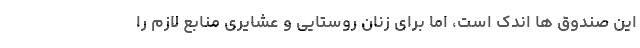
این صندوق ها اندک است، اما برای زنان روستایی و عشایری منابع لازم را